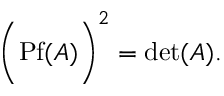
\Biggl ( \mathrm { P f } ( A ) \Biggr ) ^ { 2 } = \mathrm { d e t } ( A ) .